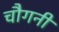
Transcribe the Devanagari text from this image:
चौगनी